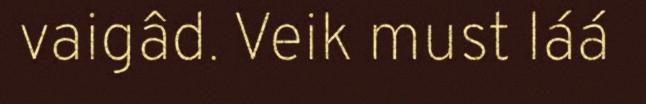
vaigâd. Veik must láá